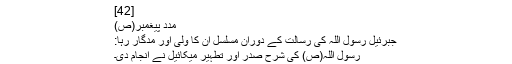
[42]
مدد پیغمبر(ص)
جبرئیل رسول اللہ کی رسالت کے دوران مسلسل ان کا ولی اور مدگار رہا:
رسول اللہ(ص) کی شرح صدر اور تطہیر میکائیل نے انجام دی۔